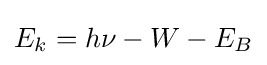
E_{k}=h\nu -W-E_{B}